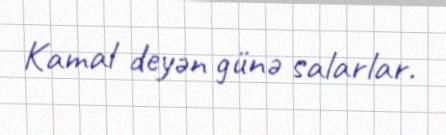
Kamal deyən günə salarlar.